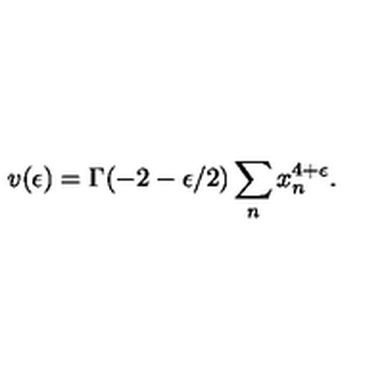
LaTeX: v ( \epsilon ) = \Gamma ( - 2 - \epsilon / 2 ) \sum _ { n } x _ { n } ^ { 4 + \epsilon } .